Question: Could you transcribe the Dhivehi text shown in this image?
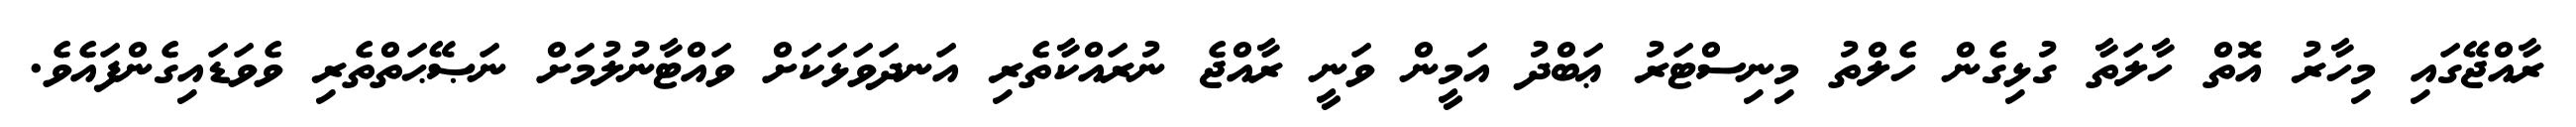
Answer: ރާއްޖޭގައި މިހާރު އޮތް ހާލަތާ ގުޅިގެން ހެލްތު މިނިސްޓަރު ޢަބްދު އަމީން ވަނީ ރާއްޖެ ނުރައްކާތެރި އަނދަވަޅަކަށް ވައްޓާނުލުމަށް ނަޞޭޙަތްތެރި ވެވަޑައިގެންފައެވެ.